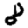
Digit: 8